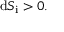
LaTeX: \mathrm { d } S _ { \mathrm { i } } > 0 .